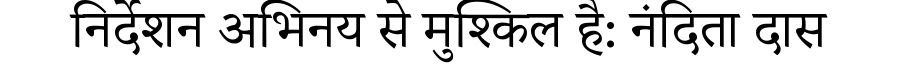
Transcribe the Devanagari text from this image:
निर्देशन अभिनय से मुश्किल है: नंदिता दास